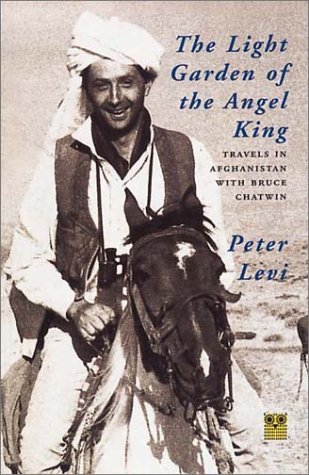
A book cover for The Light Garden of the Angel King: Travels in Afghanistan with Bruce Chatwin; Peter Levi; Travel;